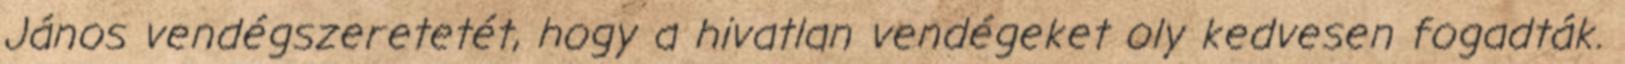
János vendégszeretetét, hogy a hivatlan vendégeket oly kedvesen fogadták.